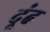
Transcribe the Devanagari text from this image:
दूंढ